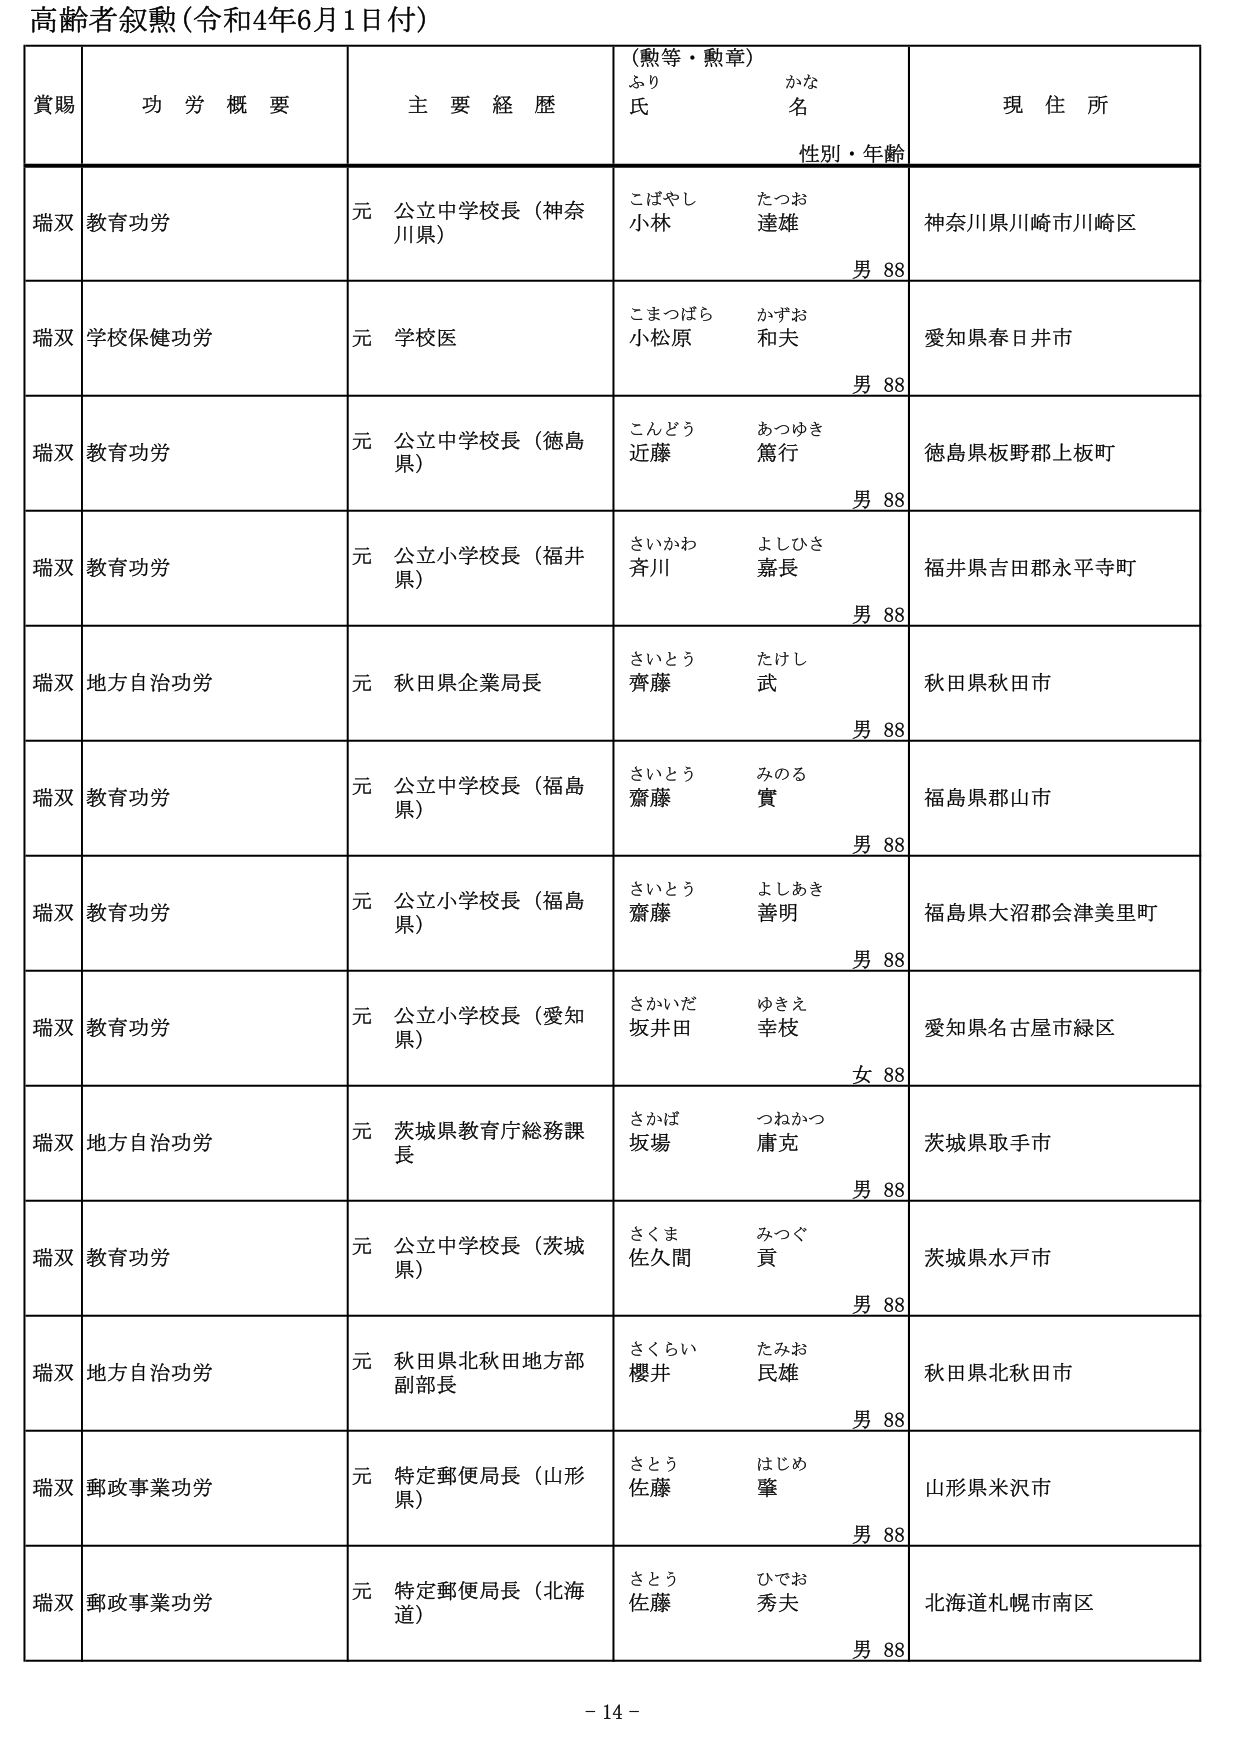
高齢者叙勲（令和4年6月1日付）

賞賜　　功労概要　　主要経歴　　（勲等・勲章）　　現住所
　　　　　　　　　　　　　　ふり　　　　かな
　　　　　　　　　　　　　　氏　　　　名
　　　　　　　　　　　　　　　　性別・年齢

瑞双　教育功労　　元 公立中学校長（神奈川県）　　こばやし　たつお　　神奈川県川崎市川崎区
　　　　　　　　　　　　　　　　　　　　　　　　小林　　達雄　　　　男 88

瑞双　学校保健功労　　元 学校医　　こまつばら　かずお　　愛知県春日井市
　　　　　　　　　　　　　　　　　　　　　　　　小松原　和夫　　　　男 88

瑞双　教育功労　　元 公立中学校長（徳島県）　　こんどう　あつゆき　　徳島県板野郡上板町
　　　　　　　　　　　　　　　　　　　　　　　　近藤　　篤行　　　　男 88

瑞双　教育功労　　元 公立小学校長（福井県）　　さいかわ　よしひさ　　福井県吉田郡永平寺町
　　　　　　　　　　　　　　　　　　　　　　　　斉川　　嘉長　　　　男 88

瑞双　地方自治功労　　元 秋田県企業局長　　さいとう　たけし　　秋田県秋田市
　　　　　　　　　　　　　　　　　　　　　　　　齊藤　　武　　　　男 88

瑞双　教育功労　　元 公立中学校長（福島県）　　さいとう　みのる　　福島県郡山市
　　　　　　　　　　　　　　　　　　　　　　　　齋藤　　實　　　　男 88

瑞双　教育功労　　元 公立小学校長（福島県）　　さいとう　よしあき　　福島県大沼郡会津美里町
　　　　　　　　　　　　　　　　　　　　　　　　齋藤　　善明　　　　男 88

瑞双　教育功労　　元 公立小学校長（愛知県）　　さかいだ　ゆきえ　　愛知県名古屋市緑区
　　　　　　　　　　　　　　　　　　　　　　　　坂井田　幸枝　　　　女 88

瑞双　地方自治功労　　元 茨城県教育庁総務課長　　さかば　つねかつ　　茨城県取手市
　　　　　　　　　　　　　　　　　　　　　　　　坂場　　庸克　　　　男 88

瑞双　教育功労　　元 公立中学校長（茨城県）　　さくま　みつぐ　　茨城県水戸市
　　　　　　　　　　　　　　　　　　　　　　　　佐久間　貢　　　　男 88

瑞双　地方自治功労　　元 秋田県北秋田地方部副部長　　さくらい　たみお　　秋田県北秋田市
　　　　　　　　　　　　　　　　　　　　　　　　櫻井　　民雄　　　　男 88

瑞双　郵政事業功労　　元 特定郵便局長（山形県）　　さとう　はじめ　　山形県米沢市
　　　　　　　　　　　　　　　　　　　　　　　　佐藤　　肇　　　　男 88

瑞双　郵政事業功労　　元 特定郵便局長（北海道）　　さとう　ひでお　　北海道札幌市南区
　　　　　　　　　　　　　　　　　　　　　　　　佐藤　　秀夫　　　　男 88

- 14 -